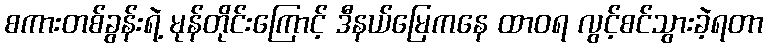
စကားတစ်ခွန်းရဲ့ မုန်တိုင်းကြောင့် ဒီနယ်မြေကနေ ထာဝရ လွင့်စင်သွားခဲ့ရတာ